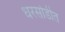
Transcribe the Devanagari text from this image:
धरसोडीत